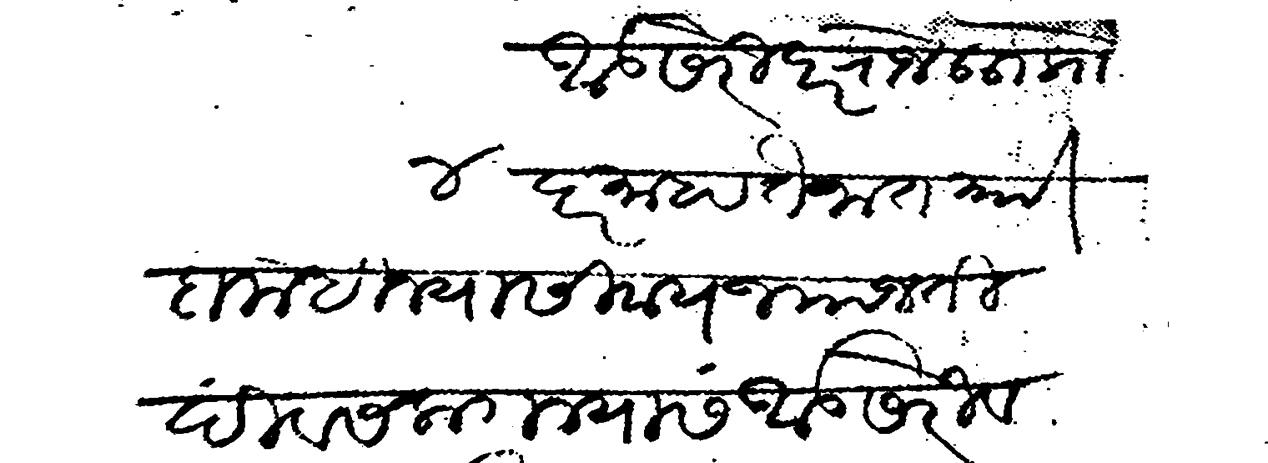
Transliteration (Devanagari): आडसेरी दररोज ६६ प्राो ४ दर माहा तैनात प्राो दो महिन्या सिवाय ज्याजती दिवस लागल्यास आडसेरी व